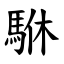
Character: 䮌